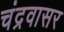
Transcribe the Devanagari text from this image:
चंद्रवासर